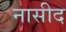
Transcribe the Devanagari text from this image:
नासीद